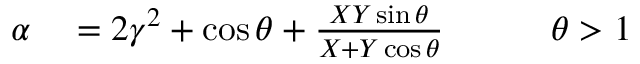
\begin{array} { r l r } { \alpha } & { { } = 2 \gamma ^ { 2 } + \cos \theta + \frac { X Y \sin \theta } { X + Y \cos \theta } \qquad } & { \theta > 1 } \end{array}